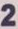
2